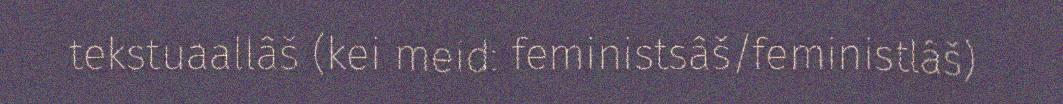
tekstuaallâš (kei meid: feministsâš/feministlâš)